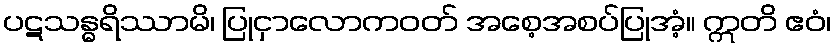
ပဋသန္ဓရိဿာမိ၊ ပြုငှာလောကဝတ် အစေ့အစပ်ပြုအံ့။ ဣတိ ဧဝံ၊